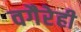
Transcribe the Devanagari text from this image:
वगैरेही